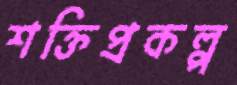
শক্তিপ্রকল্প